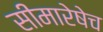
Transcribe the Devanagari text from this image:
सीमारेषेच